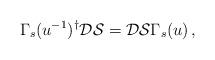
LaTeX: \begin{align*}\Gamma_{s}(u^{-1})^{\dagger}\mathcal{D}\mathcal{S} =\mathcal{D}\mathcal{S}\Gamma_{s}(u)\, ,\end{align*}